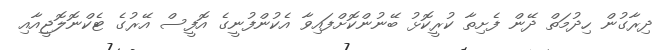
ދިރާގުން ހިދުމަތް ދޭން ފެށިތާ ކުރީކޮޅު ބޭނުންކޮށްފައިވާ އެކުންފުނީގެ އޮފީސް އޭރުގެ ޓެކްނޮލޮޖީއާއި